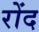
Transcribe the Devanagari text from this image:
रोंद